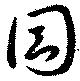
因